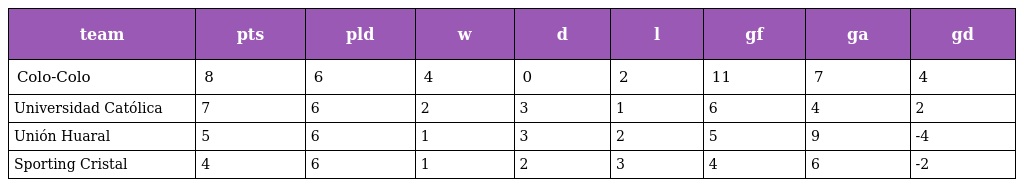
| team | pts | pld | w | d | l | gf | ga | gd |
 | --- | --- | --- | --- | --- | --- | --- | --- | --- |
 | Colo-Colo | 8 | 6 | 4 | 0 | 2 | 11 | 7 | 4 |
 | Universidad Católica | 7 | 6 | 2 | 3 | 1 | 6 | 4 | 2 |
 | Unión Huaral | 5 | 6 | 1 | 3 | 2 | 5 | 9 | -4 |
 | Sporting Cristal | 4 | 6 | 1 | 2 | 3 | 4 | 6 | -2 |